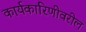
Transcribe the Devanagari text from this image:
कार्यकारिणीवरील